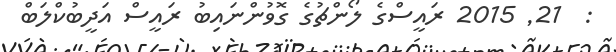
:  21